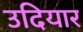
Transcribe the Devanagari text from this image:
उदियार